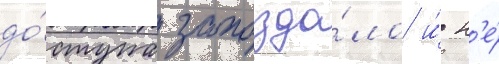
до́ступа запозда́ло и́ н'е́